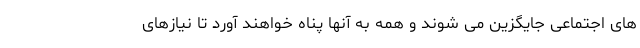
های اجتماعی جایگزین می شوند و همه به آنها پناه خواهند آورد تا نیازهای